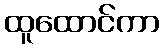
ထူထောင်ကာ